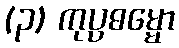
(၃) ကုပ္ပဓမ္မော